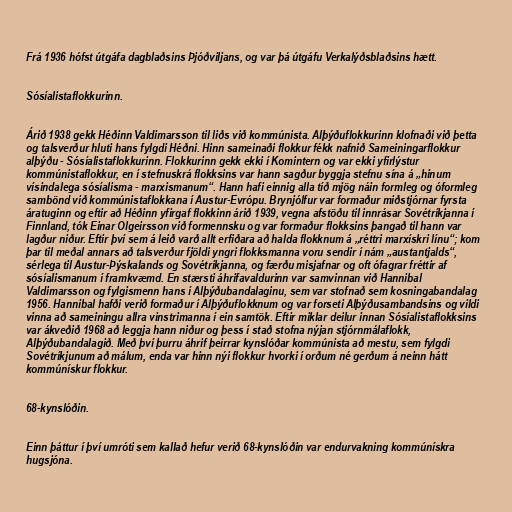
Frá 1936 hófst útgáfa dagblaðsins Þjóðviljans, og var þá útgáfu Verkalýðsblaðsins hætt.

Sósíalistaflokkurinn.

Árið 1938 gekk Héðinn Valdimarsson til liðs við kommúnista. Alþýðuflokkurinn klofnaði við þetta
og talsverður hluti hans fylgdi Héðni. Hinn sameinaði flokkur fékk nafnið Sameiningarflokkur
alþýðu - Sósíalistaflokkurinn. Flokkurinn gekk ekki í Komintern og var ekki yfirlýstur
kommúnistaflokkur, en í stefnuskrá flokksins var hann sagður byggja stefnu sína á „hinum
vísindalega sósíalisma - marxismanum“. Hann hafi einnig alla tíð mjög náin formleg og óformleg
sambönd við kommúnistaflokkana í Austur-Evrópu. Brynjólfur var formaður miðstjórnar fyrsta
áratuginn og eftir að Héðinn yfirgaf flokkinn árið 1939, vegna afstöðu til innrásar Sovétríkjanna í
Finnland, tók Einar Olgeirsson við formennsku og var formaður flokksins þangað til hann var
lagður niður. Eftir því sem á leið varð allt erfiðara að halda flokknum á „réttri marxískri línu“; kom
þar til meðal annars að talsverður fjöldi yngri flokksmanna voru sendir í nám „austantjalds“,
sérlega til Austur-Þýskalands og Sovétríkjanna, og færðu misjafnar og oft ófagrar fréttir af
sósíalismanum í framkvæmd. En stærsti áhrifavaldurinn var samvinnan við Hannibal
Valdimarsson og fylgismenn hans í Alþýðubandalaginu, sem var stofnað sem kosningabandalag
1956. Hannibal hafði verið formaður í Alþýðuflokknum og var forseti Alþýðusambandsins og vildi
vinna að sameiningu allra vinstrimanna í ein samtök. Eftir miklar deilur innan Sósíalistaflokksins
var ákveðið 1968 að leggja hann niður og þess í stað stofna nýjan stjórnmálaflokk,
Alþýðubandalagið. Með því þurru áhrif þeirrar kynslóðar kommúnista að mestu, sem fylgdi
Sovétríkjunum að málum, enda var hinn nýi flokkur hvorki í orðum né gerðum á neinn hátt
kommúnískur flokkur.

68-kynslóðin.

Einn þáttur í því umróti sem kallað hefur verið 68-kynslóðin var endurvakning kommúnískra
hugsjóna.